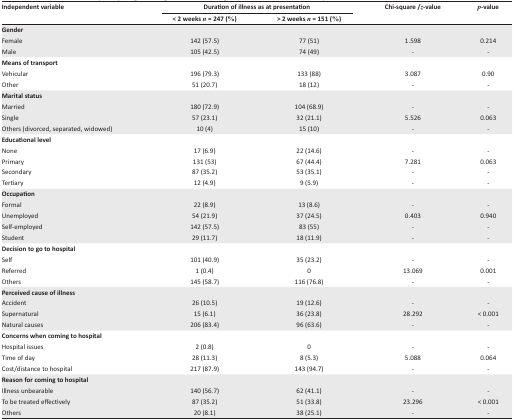
<table><thead><tr><td rowspan="2"><b>Independent variable</b></td><td colspan="2"><b>Duration of illness as at presentation</b></td><td rowspan="2"><b>Chi-square /<i>z</i>-value</b></td><td rowspan="2"><b><i>p</i>-value</b></td></tr><tr><td><b>&lt; 2 weeks <i>n</i> = 247 (%)</b></td><td><b>&gt; 2 weeks <i>n</i> = 151 (%)</b></td></tr></thead><tbody><tr><td colspan="5"><b>Gender</b></td></tr><tr><td>Female</td><td>142 (57.5)</td><td>77 (51)</td><td>1.598</td><td>0.214</td></tr><tr><td>Male</td><td>105 (42.5)</td><td>74 (49)</td><td>-</td><td>-</td></tr><tr><td colspan="5"><b>Means of transport</b></td></tr><tr><td>Vehicular</td><td>196 (79.3)</td><td>133 (88)</td><td>3.087</td><td>0.90</td></tr><tr><td>Other</td><td>51 (20.7)</td><td>18 (12)</td><td>-</td><td>-</td></tr><tr><td colspan="5"><b>Marital status</b></td></tr><tr><td>Married</td><td>180 (72.9)</td><td>104 (68.9)</td><td>-</td><td>-</td></tr><tr><td>Single</td><td>57 (23.1)</td><td>32 (21.1)</td><td>5.526</td><td>0.063</td></tr><tr><td>Others (divorced, separated, widowed)</td><td>10 (4)</td><td>15 (10)</td><td>-</td><td>-</td></tr><tr><td colspan="5"><b>Educational level</b></td></tr><tr><td>None</td><td>17 (6.9)</td><td>22 (14.6)</td><td>-</td><td>-</td></tr><tr><td>Primary</td><td>131 (53)</td><td>67 (44.4)</td><td>7.281</td><td>0.063</td></tr><tr><td>Secondary</td><td>87 (35.2)</td><td>53 (35.1)</td><td>-</td><td>-</td></tr><tr><td>Tertiary</td><td>12 (4.9)</td><td>9 (5.9)</td><td>-</td><td>-</td></tr><tr><td colspan="5"><b>Occupation</b></td></tr><tr><td>Formal</td><td>22 (8.9)</td><td>13 (8.6)</td><td>-</td><td>-</td></tr><tr><td>Unemployed</td><td>54 (21.9)</td><td>37 (24.5)</td><td>0.403</td><td>0.940</td></tr><tr><td>Self-employed</td><td>142 (57.5)</td><td>83 (55)</td><td>-</td><td>-</td></tr><tr><td>Student</td><td>29 (11.7)</td><td>18 (11.9)</td><td>-</td><td>-</td></tr><tr><td colspan="5"><b>Decision to go to hospital</b></td></tr><tr><td>Self</td><td>101 (40.9)</td><td>35 (23.2)</td><td>-</td><td>-</td></tr><tr><td>Referred</td><td>1 (0.4)</td><td>0</td><td>13.069</td><td>0.001</td></tr><tr><td>Others</td><td>145 (58.7)</td><td>116 (76.8)</td><td>-</td><td>-</td></tr><tr><td colspan="5"><b>Perceived cause of illness</b></td></tr><tr><td>Accident</td><td>26 (10.5)</td><td>19 (12.6)</td><td>-</td><td>-</td></tr><tr><td>Supernatural</td><td>15 (6.1)</td><td>36 (23.8)</td><td>28.292</td><td>&lt; 0.001</td></tr><tr><td>Natural causes</td><td>206 (83.4)</td><td>96 (63.6)</td><td>-</td><td>-</td></tr><tr><td colspan="5"><b>Concerns when coming to hospital</b></td></tr><tr><td>Hospital issues</td><td>2 (0.8)</td><td>0</td><td>-</td><td>-</td></tr><tr><td>Time of day</td><td>28 (11.3)</td><td>8 (5.3)</td><td>5.088</td><td>0.064</td></tr><tr><td>Cost/distance to hospital</td><td>217 (87.9)</td><td>143 (94.7)</td><td>-</td><td>-</td></tr><tr><td colspan="5"><b>Reason for coming to hospital</b></td></tr><tr><td>Illness unbearable</td><td>140 (56.7)</td><td>62 (41.1)</td><td>-</td><td>-</td></tr><tr><td>To be treated effectively</td><td>87 (35.2)</td><td>51 (33.8)</td><td>23.296</td><td>&lt; 0.001</td></tr><tr><td>Others</td><td>20 (8.1)</td><td>38 (25.1)</td><td>-</td><td>-</td></tr></tbody></table>